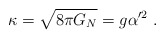
\begin{align*}\kappa = \sqrt{8 \pi G_N} = g \alpha'^2 \ .\end{align*}